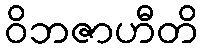
ဝိဘဇာဟီတိ